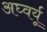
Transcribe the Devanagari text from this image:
अघ्वर्यू